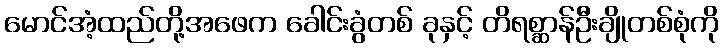
မောင်အံ့ထည်တို့အဖေက ခေါင်းခွံတစ် ခုနှင့် တိရစ္ဆာန်ဦးချိုတစ်စုံကို